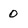
Character: 0